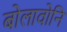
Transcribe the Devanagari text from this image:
बोलावोनि